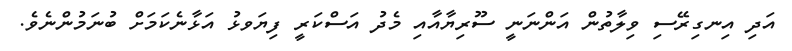
އަދި އިނގިރޭސި ވިލާތުން އަންނަނީ ސޫރިޔާއާއި މެދު އަސްކަރީ ފިޔަވޅު އަޅާނެކަމަށް ބުނަމުންނެވެ.